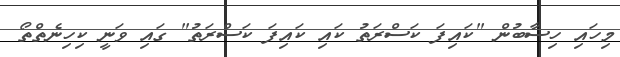
މިހައި ހިސާބުން "ކައިފަ ކަސްރަތު ކައި ކައިފަ ކަސްރަތު" ގައި ވަނީ ކިހިނެތްތޯ